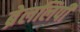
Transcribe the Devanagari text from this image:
ब्रेललिपी